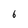
Character: 6